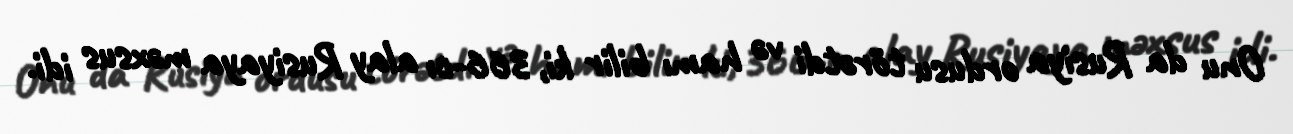
Onu da Rusiya ordusu törətdi və hamı bilir ki, 366-cı alay Rusiyaya məxsus idi.